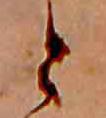
と